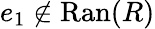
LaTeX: e_{1}\not\in\mathrm{Ran}(R)